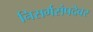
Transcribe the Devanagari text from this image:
निसर्गसंपदेवर